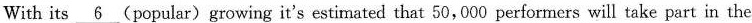
With its \underline{6} (popular) growing it's estimated that 50,000 performers will take part in the